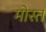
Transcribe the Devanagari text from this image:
मोस्त